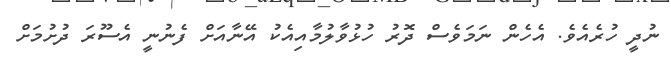
ނުދީ ހުރެއެވެ. އެހެން ނަމަވެސް ދޮރު ހުޅުވާލުމާއިއެކު އޭނާއަށް ފެނުނީ އެސޫރަ ދުށުމަށް